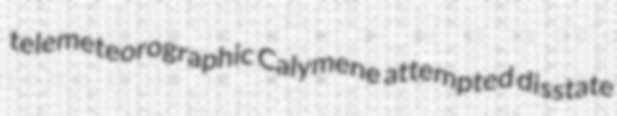
telemeteorographic Calymene attempted disstate